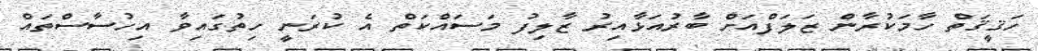
ހަޤީޤަތް ހާމަކުރާން ޒަލަފްއަށް ބާރުއަޅާއިރު ޒާލިފު މަސައްކަތް އެ ކުރަނީ ހިތުގައިވާ އިހުސާސްތައް